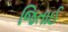
જિતાઈ